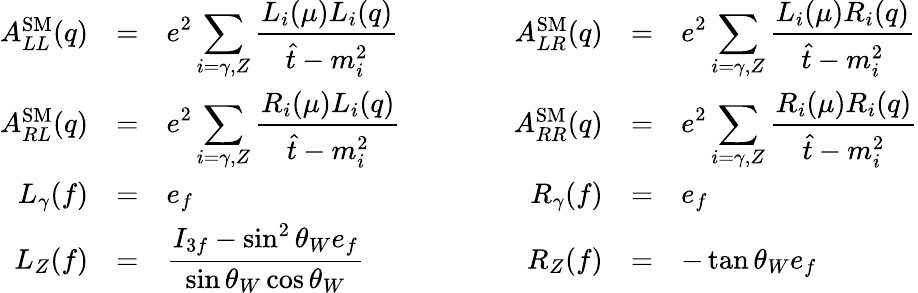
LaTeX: \begin{array}{rclcrcl}{{A_{LL}^{\mathrm{SM}}(q)}}&{{=}}&{{\displaystyle e^{2}\sum_{i=\gamma,Z}\frac{L_{i}(\mu)L_{i}(q)}{\hat{t}-m_{i}^{2}}}}&{{\qquad}}&{{A_{LR}^{\mathrm{SM}}(q)}}&{{=}}&{{\displaystyle e^{2}\sum_{i=\gamma,Z}\frac{L_{i}(\mu)R_{i}(q)}{\hat{t}-m_{i}^{2}}}}\\ {{A_{RL}^{\mathrm{SM}}(q)}}&{{=}}&{{\displaystyle e^{2}\sum_{i=\gamma,Z}\frac{R_{i}(\mu)L_{i}(q)}{\hat{t}-m_{i}^{2}}}}&{{}}&{{A_{RR}^{\mathrm{SM}}(q)}}&{{=}}&{{\displaystyle e^{2}\sum_{i=\gamma,Z}\frac{R_{i}(\mu)R_{i}(q)}{\hat{t}-m_{i}^{2}}}}\\ {{L_{\gamma}(f)}}&{{=}}&{{\displaystyle e_{f}}}&{{}}&{{R_{\gamma}(f)}}&{{=}}&{{\displaystyle e_{f}}}\\ {{L_{Z}(f)}}&{{=}}&{{\displaystyle\frac{I_{3f}-\sin^{2}\theta_{W}e_{f}}{\sin\theta_{W}\cos\theta_{W}}}}&{{}}&{{R_{Z}(f)}}&{{=}}&{{\displaystyle-\tan\theta_{W}e_{f}}}\end{array}